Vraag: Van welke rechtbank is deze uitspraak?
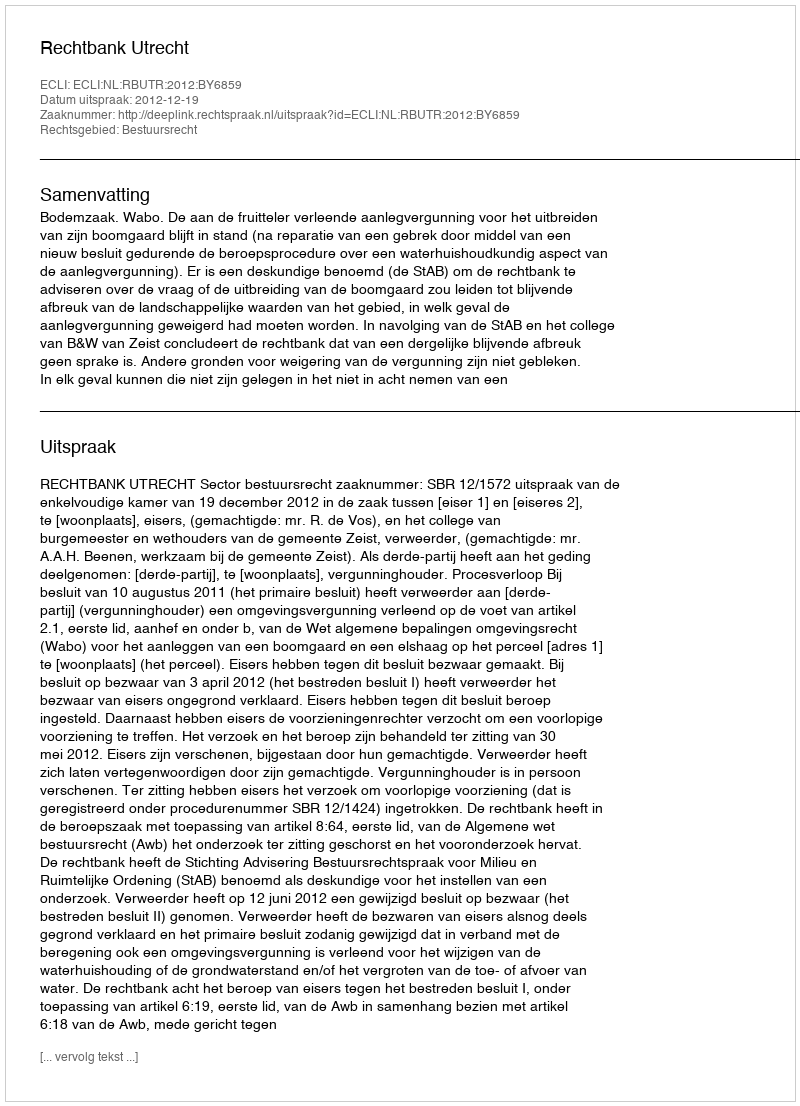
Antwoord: Rechtbank Utrecht